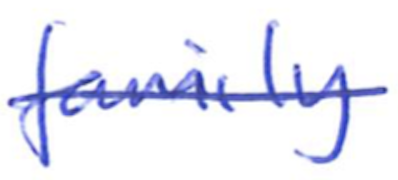
Text: family
Cross-out: single-line
Writing tool: ballpoint